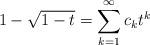
LaTeX: \begin{align*}1-\sqrt{1-t}=\sum_{k=1}^\infty c_kt^k\end{align*}